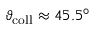
\vartheta _ { \mathrm { c o l l } } \approx 4 5 . 5 ^ { \circ }